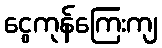
ငွေကုန်ကြေးကျ